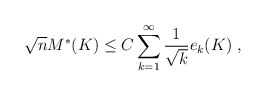
\begin{align*} \sqrt{n} M^*(K) \leq C \sum_{k=1}^{\infty} \frac{1}{\sqrt{k}} e_k(K) ~,\end{align*}